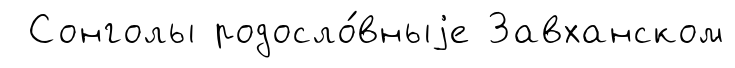
Сонголы родосло́вныjе Завханском